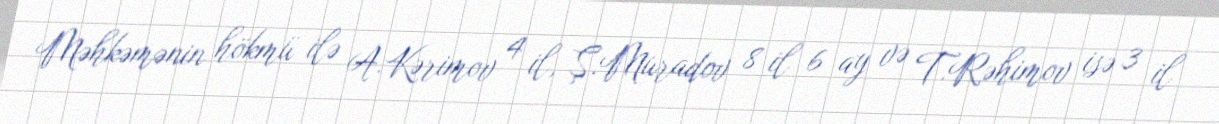
Məhkəmənin hökmü ilə A.Kərimov 4 il, Ş.Muradov 8 il 6 ay və T.Rəhimov isə 3 il